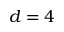
d = 4